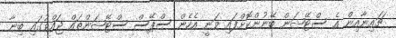
ޗައިނާއިން އެ ސްޓޭޝަން ބޭނުންކޮށްފައި ވަނީ އެހެން ސްޕޭސް ސްޓޭޝަންތައް ޖައްވުގައި ބިނާ